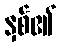
နှစ်၏